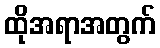
ထိုအရာအတွက်